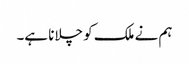
ہم نے ملک کو چلانا ہے۔